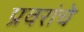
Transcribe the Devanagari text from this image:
प्रवरांचे